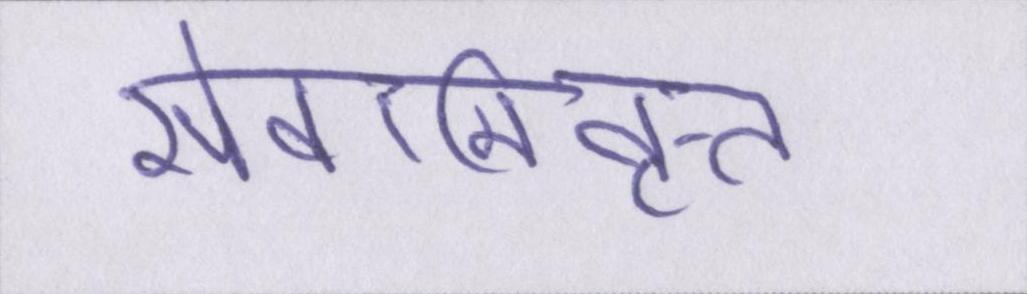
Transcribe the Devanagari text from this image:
सेवानिवृत्त